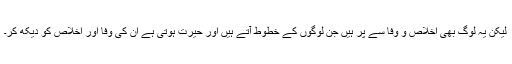
لیکن یہ لوگ بھی اخلاص و وفا سے پُر ہیں جن لوگوں کے خطوط آتے ہیں اور حیرت ہوتی ہے ان کی وفا اور اخلاص کو دیکھ کر۔